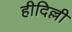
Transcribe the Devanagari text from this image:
हीदिल्ली